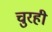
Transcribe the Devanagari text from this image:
चुरही